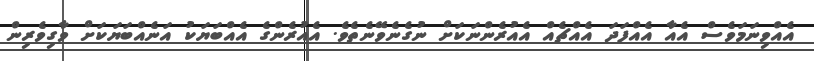
އެއްވިނަމަވެސް އެއާ އެއްފަދަ އެއްޗެއް އެއުރެންނަކަށް ނުގެނެވޭނެތެވެ. އެއުރެންގެ އެއްބަޔަކު އަނެއްބަޔަކަށް ވާގިވެރިން